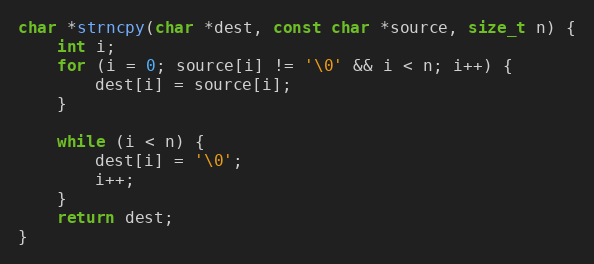
Language: C
char *strncpy(char *dest, const char *source, size_t n) {
    int i;
    for (i = 0; source[i] != '\0' && i < n; i++) {
        dest[i] = source[i];
    }

    while (i < n) {
        dest[i] = '\0';
        i++;
    }
    return dest;
}